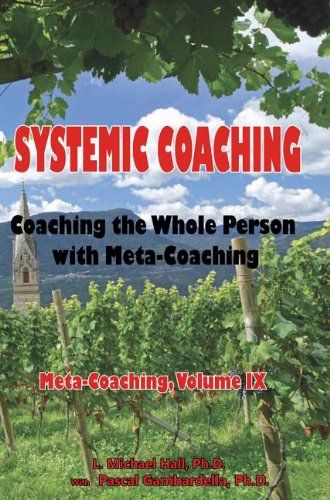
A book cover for Systemic Coaching: Coaching With Whole Person With Meta-coaching; Michael Hall; Self-Help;